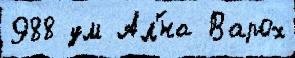
988 ум Ал'́на Варох